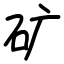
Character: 矿